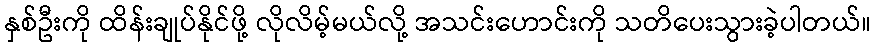
နှစ်ဦးကို ထိန်းချုပ်နိုင်ဖို့ လိုလိမ့်မယ်လို့ အသင်းဟောင်းကို သတိပေးသွားခဲ့ပါတယ်။